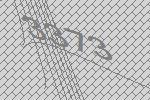
3373